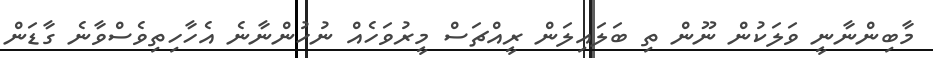
މާބިންނާނީ ވަލަކުން ނޫން ތި ބަލައިލަން ރީއްޗަސް މީރުވަހެއް ނުހުންނާނެ އެހާހިތިވެސްވާނެ ގާޑަން